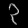
Digit: ၃